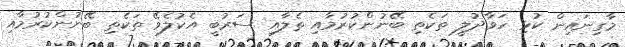
މާގިނައިން ކުޅި ހަވާދުލީ ތަކެތި ބޭނުންކުރުމާއި ތެލާއި ސަރުބީ އެކުލެވޭ ތަކެތި ބޭނުންކުރުމާއި